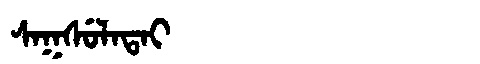
Manchu: ᠰᠠᡴᠰᡠᠯᠠᡨᠠᡳ
Romanization: SAKSULATAI